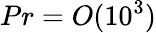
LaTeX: Pr=O(10^{3})